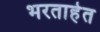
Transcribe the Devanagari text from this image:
भरताहेत